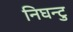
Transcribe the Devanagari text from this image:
निघन्टु